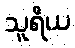
သူရိယ